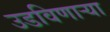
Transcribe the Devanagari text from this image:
उडविणार्‍या